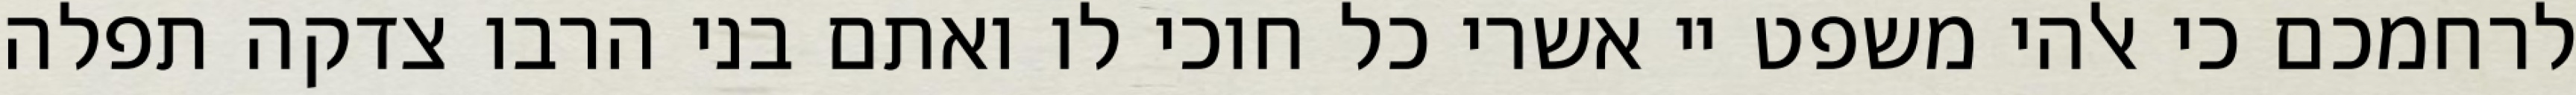
לרחמכם כי אלהי משפט יי אשרי כל חוכי לו ואתם בני הרבו צדקה תפלה